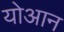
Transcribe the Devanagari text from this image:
योआन